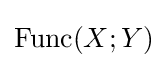
\operatorname {Func} (X;Y)